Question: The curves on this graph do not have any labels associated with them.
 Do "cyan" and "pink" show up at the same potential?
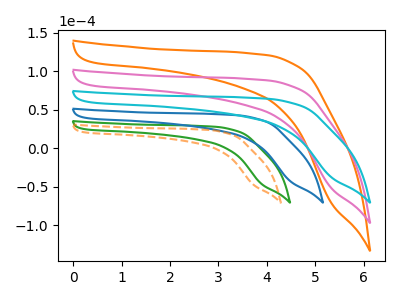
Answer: <think>The orange curve "orange" has no peaks. The green curve "green" has no peaks. The pink curve "pink" has no peaks. The blue curve "blue" has no peaks. The orange dashed curve "orange dashed" has no peaks. The cyan curve "cyan" has no peaks.
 Neither "cyan" or "pink" have any peaks.</think>
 <answer>"cyan" and "pink" are similar in shape.</answer>
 <eval>same_shape</eval>